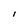
Character: l